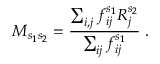
M _ { s _ { 1 } s _ { 2 } } = \frac { \sum _ { i , j } f _ { i j } ^ { s _ { 1 } } R _ { j } ^ { s _ { 2 } } } { \sum _ { i j } f _ { i j } ^ { s _ { 1 } } } \; .